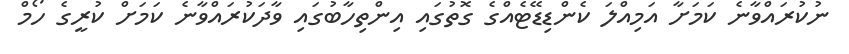
ނުކުރައްވާނެ ކަމަށާ އަމިއްލަ ކެންޑިޑޭޓެއްގެ ގޮތުގައި އިންތިހާބުގައި ވާދަކުރައްވާނެ ކަމަށް ކުރީގެ ހޯމް